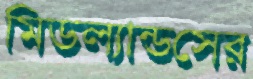
মিডল্যান্ডসের